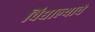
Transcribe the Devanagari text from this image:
विद्याल्याचे